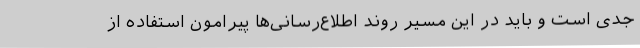
جدی است و باید در این مسیر روند اطلاع‌رسانی‌ها پیرامون استفاده از